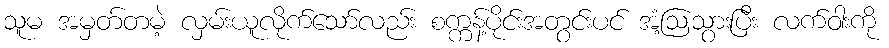
သူမ အမှတ်တမဲ့ လှမ်းယူလိုက်သော်လည်း စက္ကန့်ပိုင်းအတွင်းပင် အံ့ဩသွားပြီး လက်ဝါးကို